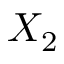
X _ { 2 }